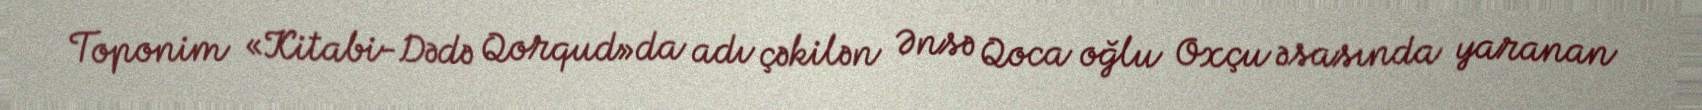
Toponim «Kitabi-Dədə Qorqud»da adı çəkilən Ənsə Qoca oğlu Oxçu əsasında yaranan